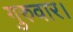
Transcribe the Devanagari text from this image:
गुरुवार।